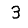
Digit: 3